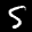
Label: 5